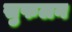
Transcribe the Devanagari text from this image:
सुफलन